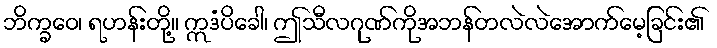
ဘိက္ခဝေ၊ ရဟန်းတို့။ ဣဒံပိခေါ၊ ဤသီလဂုဏ်ကိုအဘန်တလဲလဲအောက်မေ့ခြင်း၏